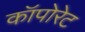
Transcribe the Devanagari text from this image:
कॉपोरेट